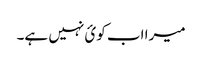
میرا اب کوئ نہیں ہے۔